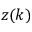
z ( k )